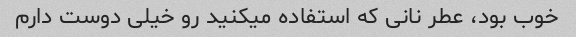
خوب بود، عطر نانی که استفاده میکنید رو خیلی دوست دارم